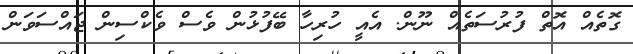
ގޮތެއް އޮތް ފުރުސަތެއް ނޫން. އެއީ ހުރިހާ ބޭފުޅުން ވެސް ވެކްސިން ޖައްސަވަން